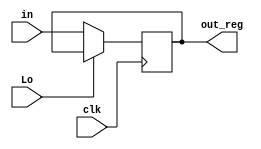
`timescale 1ns/1ns
//Define the 8-bit ouput register
module outreg(out_reg,Lo, clk, in);
//Declare inputs and outputs
output reg[7:0]out_reg;
input clk, Lo;
input [7:0]in;


always @(posedge clk)
 begin
  if(!Lo)
   out_reg <= in;
  else
   out_reg <= out_reg;
 end
endmodule